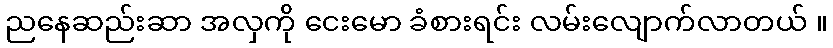
ညနေဆည်းဆာ အလှကို ငေးမော ခံစားရင်း လမ်းလျောက်လာတယ် ။